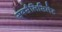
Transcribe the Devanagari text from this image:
सबसैलिसिलेट